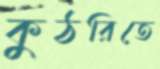
কুঠরিতে